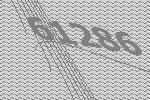
61286